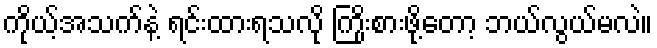
ကိုယ့်အသက်နဲ့ ရင်းထားရသလို ကြိုးစားဖို့တော့ ဘယ်လွယ်မလဲ။